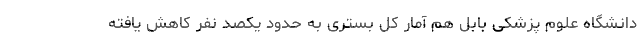
دانشگاه علوم پزشکی بابل هم آمار کل بستری به حدود یکصد نفر کاهش یافته